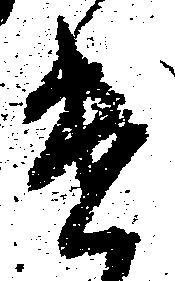
遣